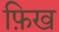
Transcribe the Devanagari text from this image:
फ़िख